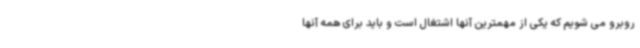
روبرو می شویم که یکی از مهمترین آنها اشتغال است و باید برای همه آنها